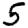
Digit: 5